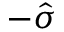
- \hat { \sigma }